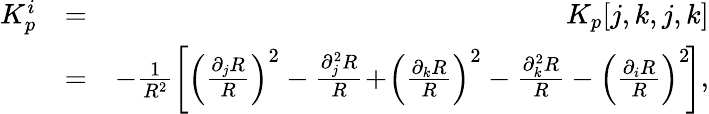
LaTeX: \begin{array}{rlr}{K_{p}^{i}}&{=}&{K_{p}[j,k,j,k]}\\ &{=}&{-\frac{1}{R^{2}}\bigg[\left(\frac{\partial_{j}R}{R}\right)^{2}-\frac{\partial_{j}^{2}R}{R}\! +\! \left(\frac{\partial_{k}R}{R}\right)^{2}-\frac{\partial_{k}^{2}R}{R}-\left(\frac{\partial_{i}R}{R}\right)^{2}\! \bigg],}\end{array}